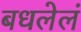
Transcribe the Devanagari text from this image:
बधलेलं